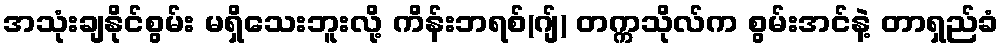
အသုံးချနိုင်စွမ်း မရှိသေးဘူးလို့ ကိန်းဘရစ်(ဂျ်) တက္ကသိုလ်က စွမ်းအင်နဲ့ တာရှည်ခံ